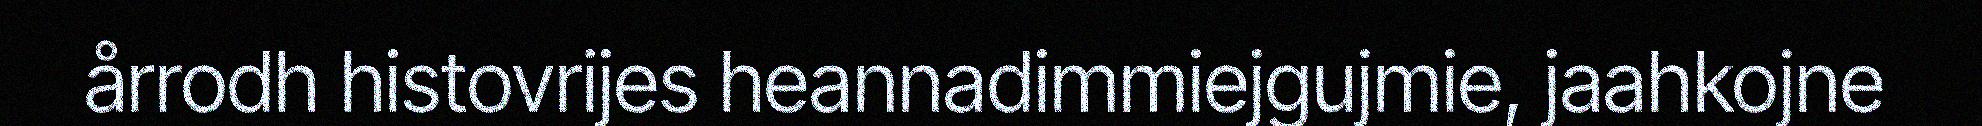
årrodh histovrijes heannadimmiejgujmie, jaahkojne